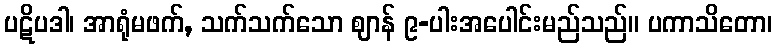
ပဋိပဒါ၊ အာရုံမဖက်, သက်သက်သော ဈာန် ၉-ပါးအပေါင်းမည်သည်။ ပကာသိတော၊